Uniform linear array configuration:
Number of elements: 4
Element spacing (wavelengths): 0.5
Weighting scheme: uniform
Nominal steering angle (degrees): -60
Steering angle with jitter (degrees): -59.333
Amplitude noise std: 0.05
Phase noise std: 0.05

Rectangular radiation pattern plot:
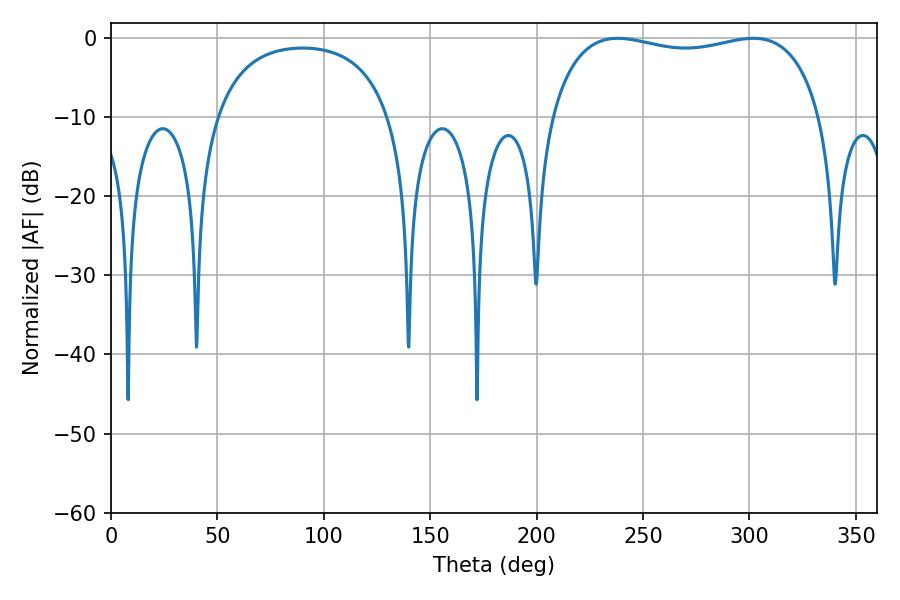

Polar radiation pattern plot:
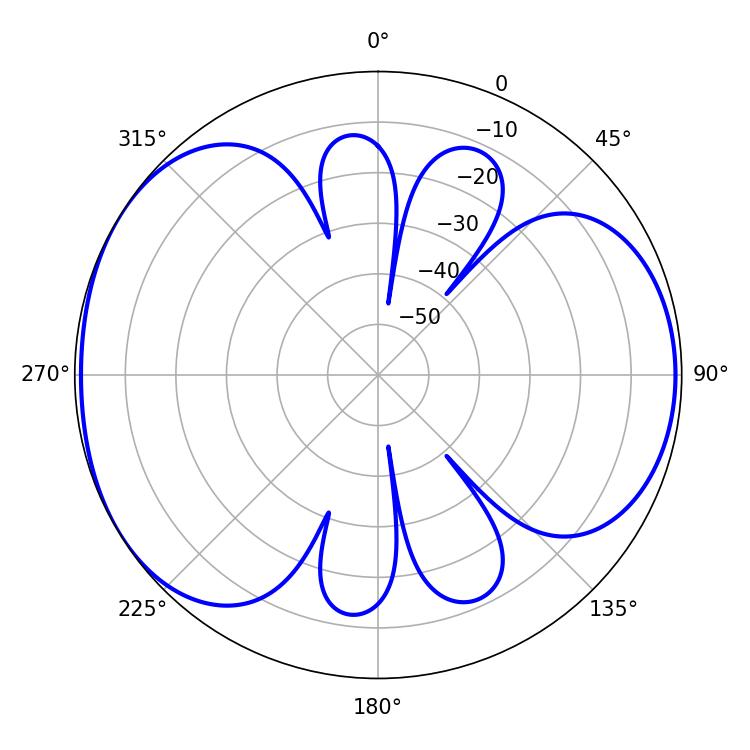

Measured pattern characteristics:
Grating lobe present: FALSE
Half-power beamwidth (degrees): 103.32
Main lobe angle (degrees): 238.14